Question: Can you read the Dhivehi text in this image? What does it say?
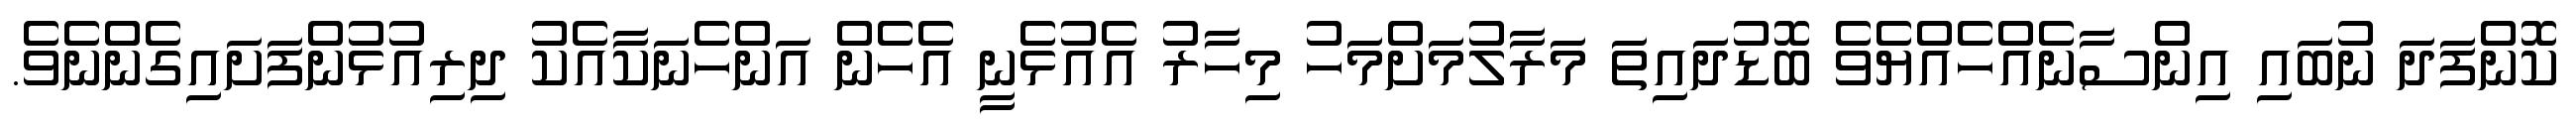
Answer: ކޮންފަދަ ނުބައި އިންސާނެއްހެއްޔެވެ ބޮޑުދައިތަ މަރާލުމަށްމަހު މިހާރު އެއުޅެނީ އެހެން އަންހެނަކާއެކު ދިރިއުޅުންފަށައިގެންނެވެ.